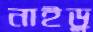
নাইড়ু